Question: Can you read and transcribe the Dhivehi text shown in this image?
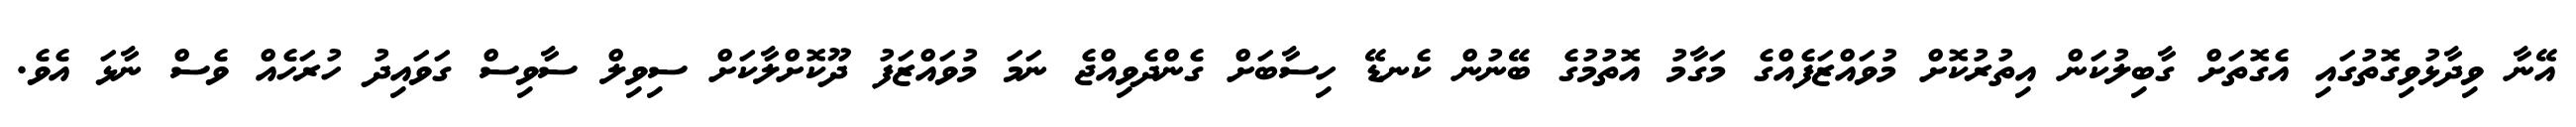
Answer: އޭނާ ވިދާޅުވިގޮތުގައި އެގޮތަށް ގާބިލުކަން އިތުރުކޮށް މުވައްޒަފެއްގެ މަގާމު އޮތުމުގެ ބޭނުން ކެނޑޭ ހިސާބަށް ގެންދެވިއްޖެ ނަމަ މުވައްޒަފު ދޫކޮށްލާކަށް ސިވިލް ސާވިސް ގަވައިދު ހުރަހެއް ވެސް ނާޅަ އެވެ.